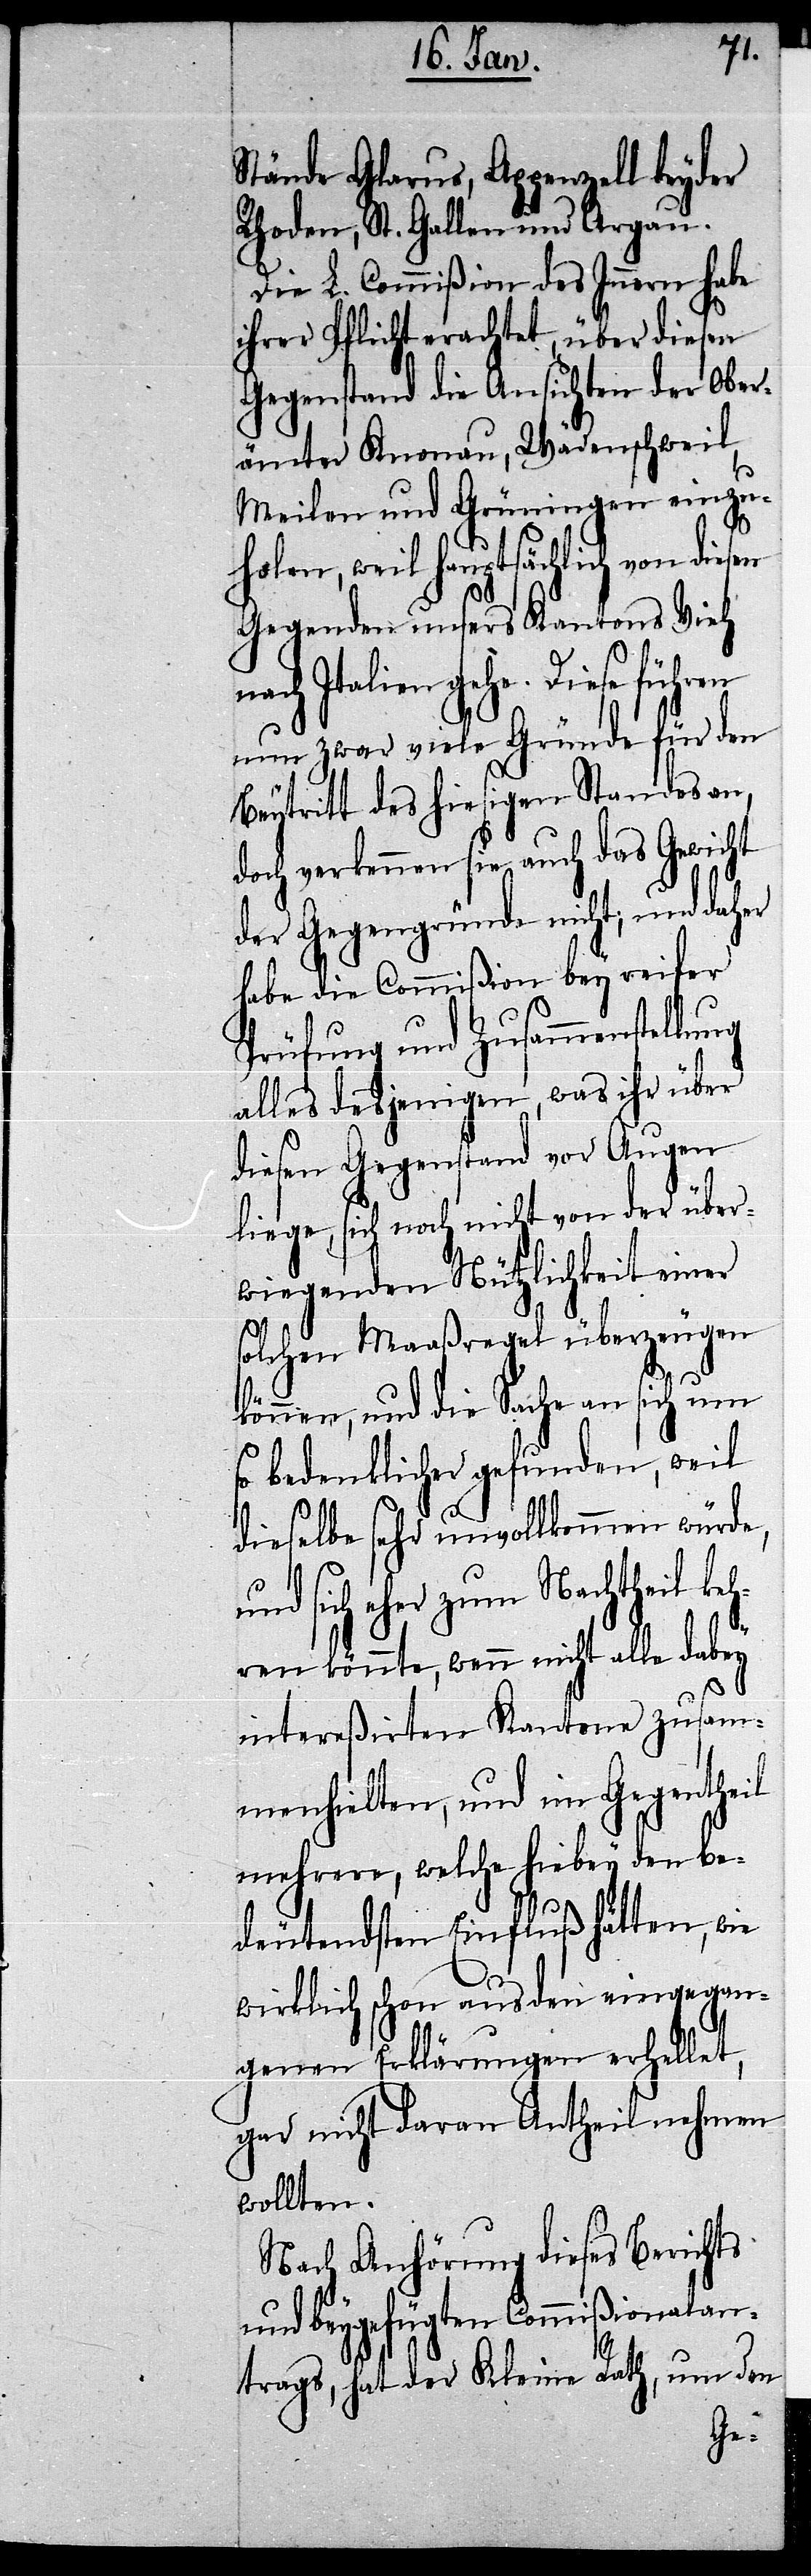
Stände Glarus, Appenzell beyder
Rhoden, St. Gallen und Argau.
Die L. Commißion des Innern habe
ihrer Pflicht erachtet, über diesen
Gegenstand die Ansichten der Ober¬
ämter Knonau, Wädenschweil,
Meilen und Grüningen einzu¬
holen, weil hauptsächlich von diesen
Gegenden unsers Kantons Vieh
nach Italien gehe. Diese führen
nun zwar viele Gründe für den
Beytritt des hiesigen Standes an,
doch verkennen sie auch das Gewicht
der Gegengründe nicht; und daher
habe die Commißion bey reifer
Prüfung und Zusammenstellung
alles desjenigen, was ihr über
diesen Gegenstand vor Augen
liege, sich noch nicht von der über¬
wiegenden Nützlichkeit einer
solchen Maaßregel überzeugen
können, und die Sache an sich um
so bedenklicher gefunden, weil
dieselbe sehr unvollkommen würde,
und sich eher zum Nachtheil ke¬
hren könnte, wenn nicht alle dabey
intereßirten Kantone zusamm¬
enhielten, und im Gegentheil
mehrere, welche hiebey den be¬
deutendsten Einfluß hätten, wie
wirklich schon aus den eingegan¬
genen Erklärungen erhellet,
gar nicht daran Antheil nehmen
wollten.
Nach Anhörung dieses Berichts
und beygefügten Commißonalan¬
trags, hat der Kleine Rath, um den